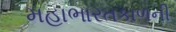
મહાભારતકાળની